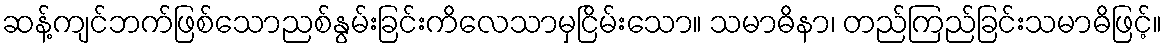
ဆန့်ကျင်ဘက်ဖြစ်သောညစ်နွမ်းခြင်းကိလေသာမှငြိမ်းသော။ သမာဓိနာ၊ တည်ကြည်ခြင်းသမာဓိဖြင့်။